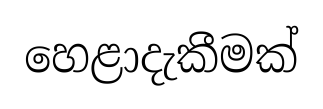
හෙළාදැකීමක්